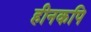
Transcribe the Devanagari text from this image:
हीनकपि